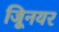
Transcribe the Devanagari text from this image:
जूिनयर